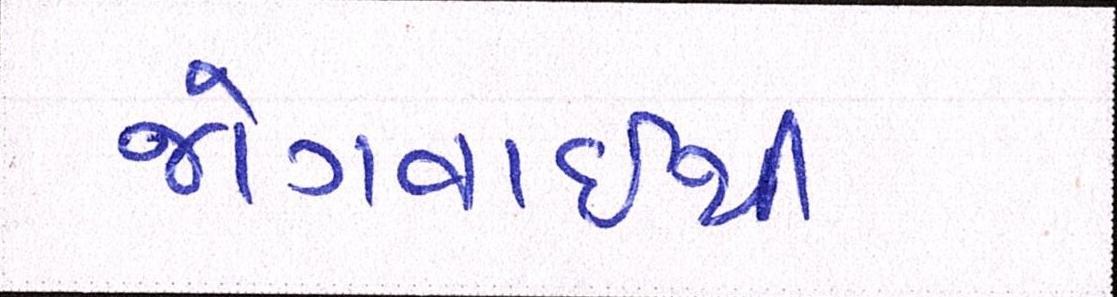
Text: જોગવાઈથી